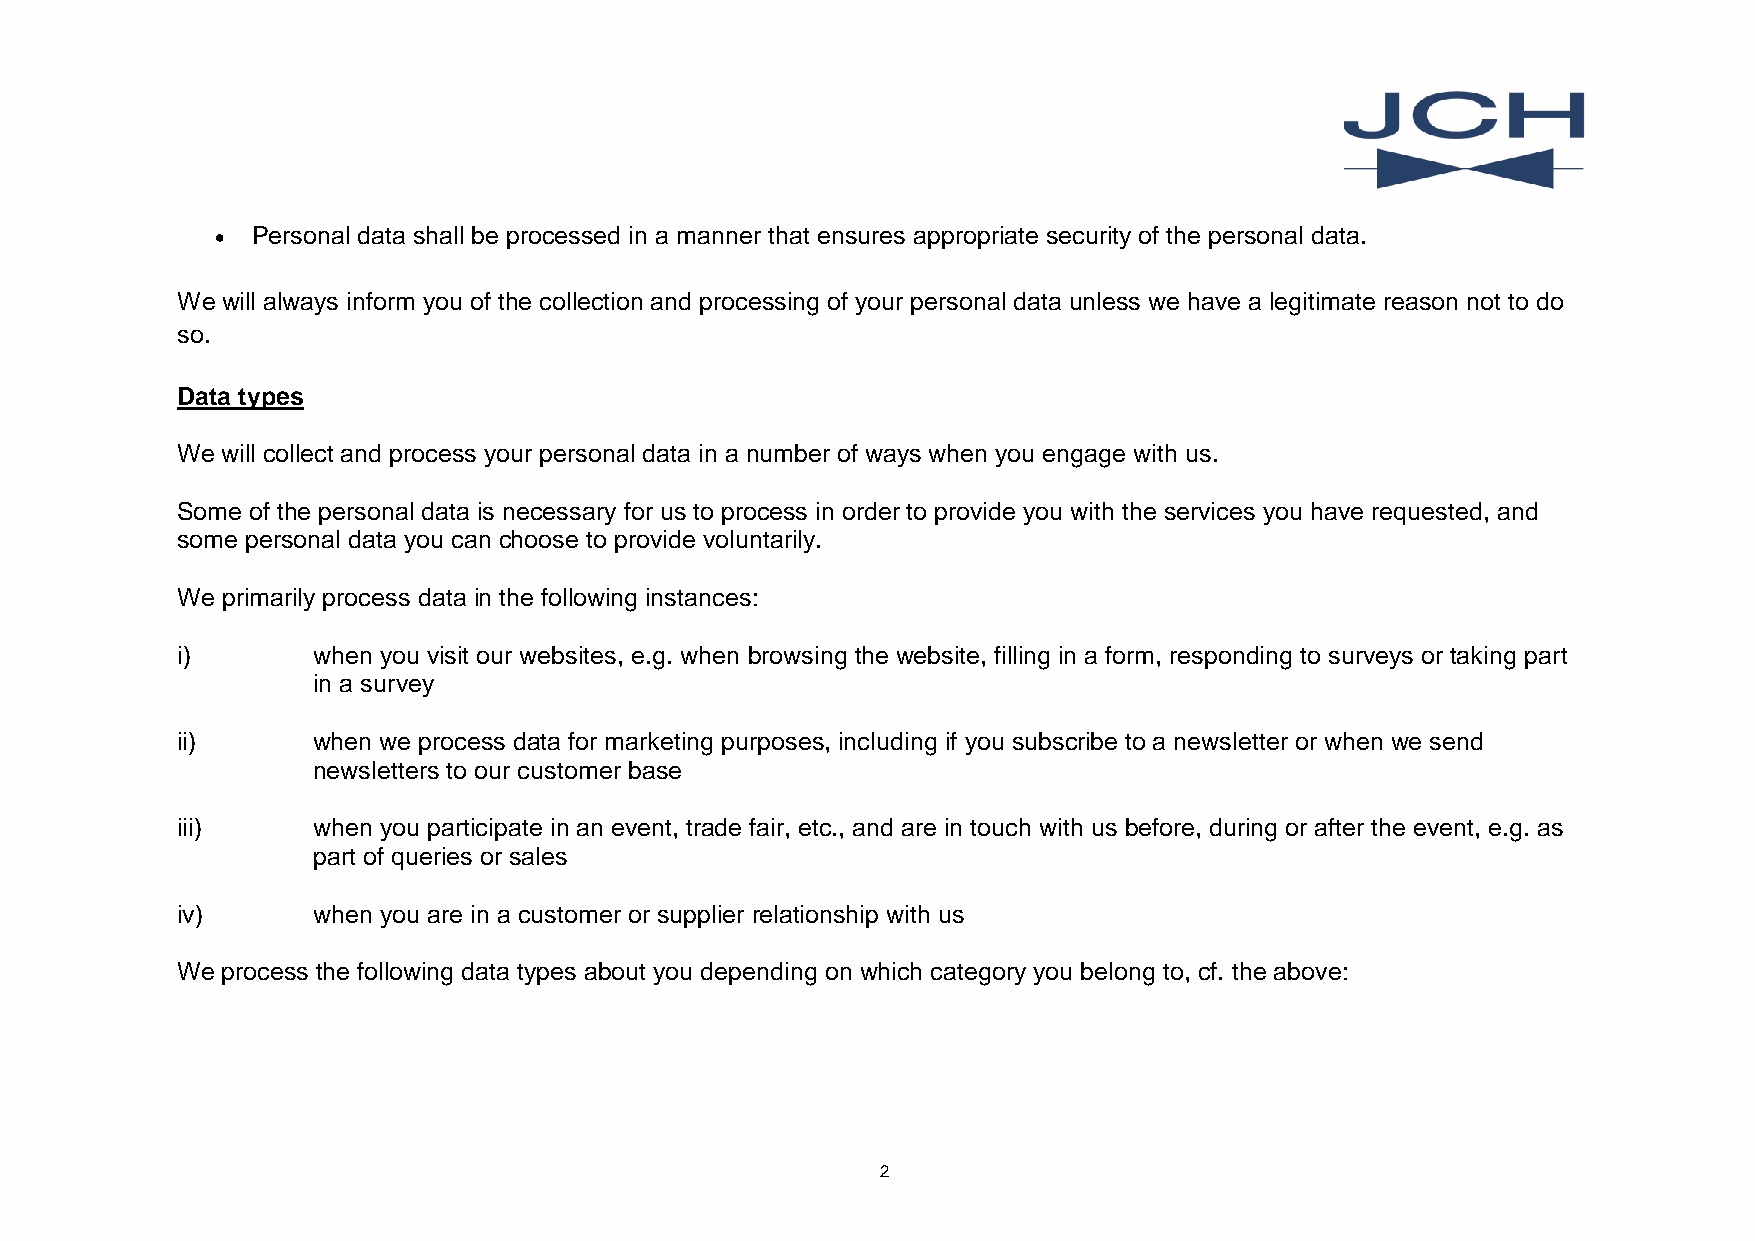
•  Personal data shall be processed in a manner that ensures appropriate security of the personal data.
 We will always inform you of the collection and processing of your personal data unless we have a legitimate reason not to do
 so.
 Data types
 We will collect and process your personal data in a number of ways when you engage with us.
 Some of the personal data is necessary for us to process in order to provide you with the services you have requested, and
 some personal data you can choose to provide voluntarily.
 We primarily process data in the following instances:
 i)       when you visit our websites, e.g. when browsing the website, filling in a form, responding to surveys or taking part
 in a survey
 ii)      when we process data for marketing purposes, including if you subscribe to a newsletter or when we send
 newsletters to our customer base
 iii)     when you participate in an event, trade fair, etc., and are in touch with us before, during or after the event, e.g. as
 part of queries or sales
 iv)      when you are in a customer or supplier relationship with us
 We process the following data types about you depending on which category you belong to, cf. the above:
 2